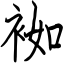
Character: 袽